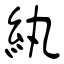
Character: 紈